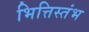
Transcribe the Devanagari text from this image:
भित्तिस्तंभ